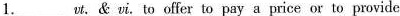
1.___vt.& vi.To offer to pay a price or to provide